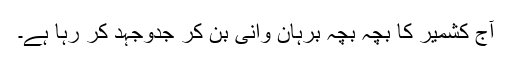
آج کشمیر کا بچہ بچہ برہان وانی بن کر جدوجہد کر رہا ہے۔